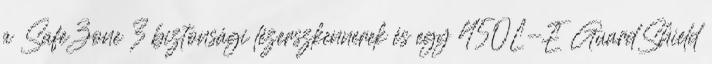
a SafeZone 3 biztonsági lézerszkennerek és egy 450L-E GuardShield